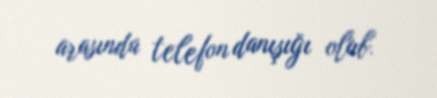
arasında telefon danışığı olub.